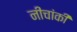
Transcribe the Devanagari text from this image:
नीचांकी